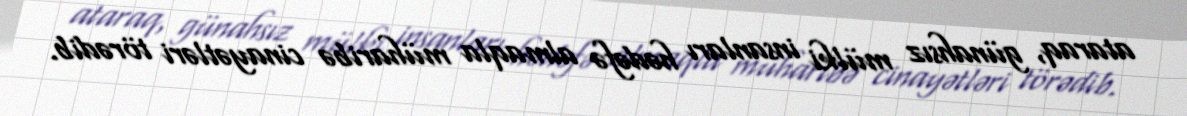
ataraq, günahsız mülki insanları hədəfə almaqla müharibə cinayətləri törədib.